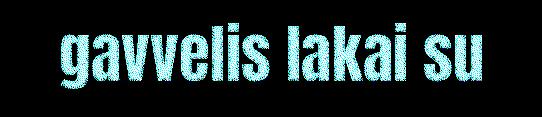
gavvelis lakai su